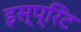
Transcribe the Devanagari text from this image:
इस्प्रिंट